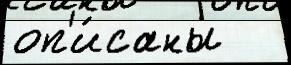
оп'и́саны